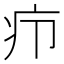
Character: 疖